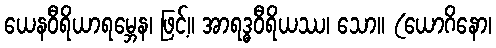
ယေနဝီရိယာရမ္ဘေန၊ ဖြင့်။ အာရဒ္ဓဝီရိယဿ၊ သော။ (ယောဂိနော၊